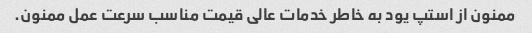
ممنون از استپ یود به خاطر خدمات عالی قیمت مناسب سرعت عمل ممنون.